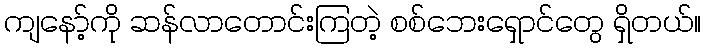
ကျနော့်ကို ဆန်လာတောင်းကြတဲ့ စစ်ဘေးရှောင်တွေ ရှိတယ်။